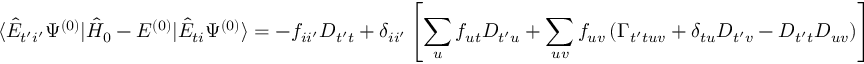
\langle \hat { E } _ { t ^ { \prime } i ^ { \prime } } \Psi ^ { ( 0 ) } | \hat { H } _ { 0 } - E ^ { ( 0 ) } | \hat { E } _ { t i } \Psi ^ { ( 0 ) } \rangle = - f _ { i i ^ { \prime } } D _ { t ^ { \prime } t } + \delta _ { i i ^ { \prime } } \left[ \sum _ { u } f _ { u t } D _ { t ^ { \prime } u } + \sum _ { u v } f _ { u v } \left( \Gamma _ { t ^ { \prime } t u v } + \delta _ { t u } D _ { t ^ { \prime } v } - D _ { t ^ { \prime } t } D _ { u v } \right) \right]